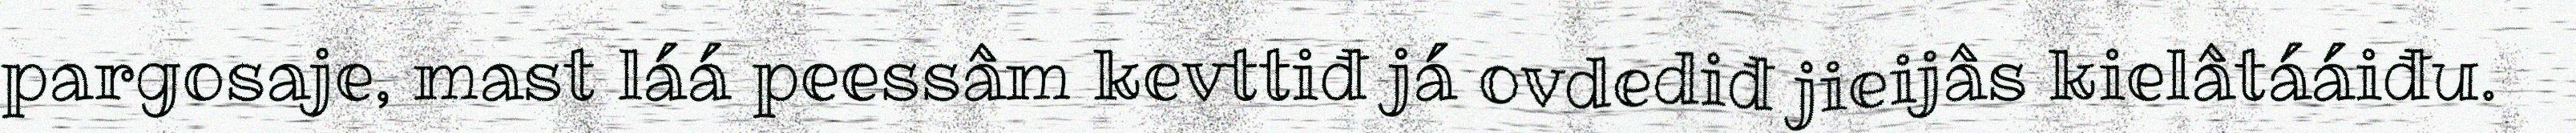
pargosaje, mast láá peessâm kevttiđ já ovdediđ jieijâs kielâtááiđu.